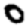
Digit: 0